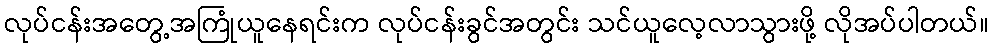
လုပ်ငန်းအတွေ့အကြုံယူနေရင်းက လုပ်ငန်းခွင်အတွင်း သင်ယူလေ့လာသွားဖို့ လိုအပ်ပါတယ်။